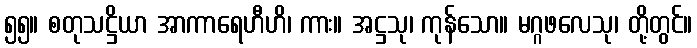
၅၅။ စတုသဋ္ဌိယာ အာကာရေဟီဟိ၊ ကား။ အဋ္ဌသု၊ ကုန်သော။ မဂ္ဂဖလေသု၊ တို့တွင်။